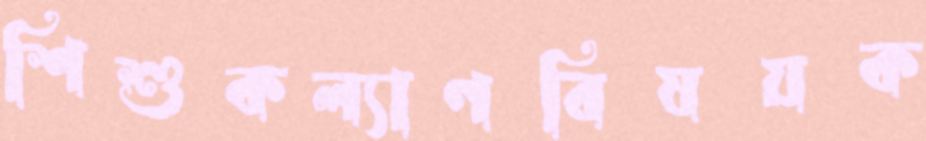
শিশুকল্যাণবিষয়ক